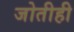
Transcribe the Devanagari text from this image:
जोतीही